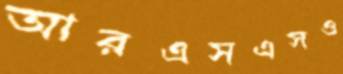
আরএসএসও